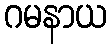
ဂမနာယ